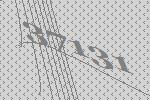
37131